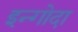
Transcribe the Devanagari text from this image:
इन्गोदा